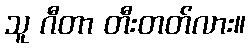
သူ ဂီတာ တီးတတ်လား။